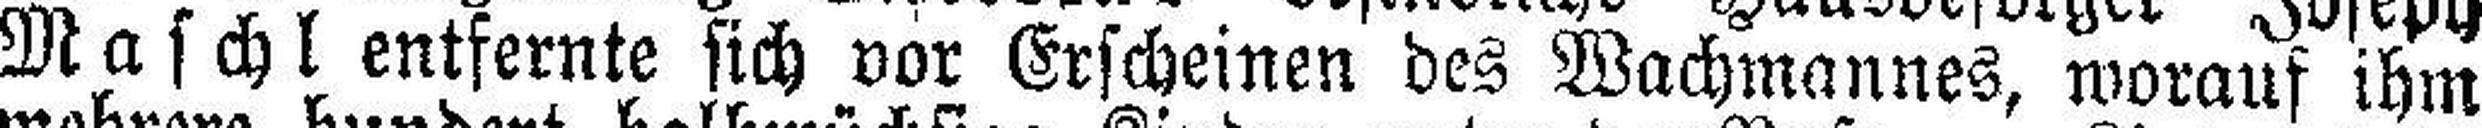
Maschl entfernte sich vor Erscheinen des Wachmannes, worauf ihm